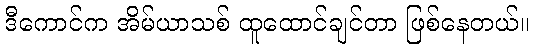
ဒီကောင်က အိမ်ယာသစ် ထူထောင်ချင်တာ ဖြစ်နေတယ်။